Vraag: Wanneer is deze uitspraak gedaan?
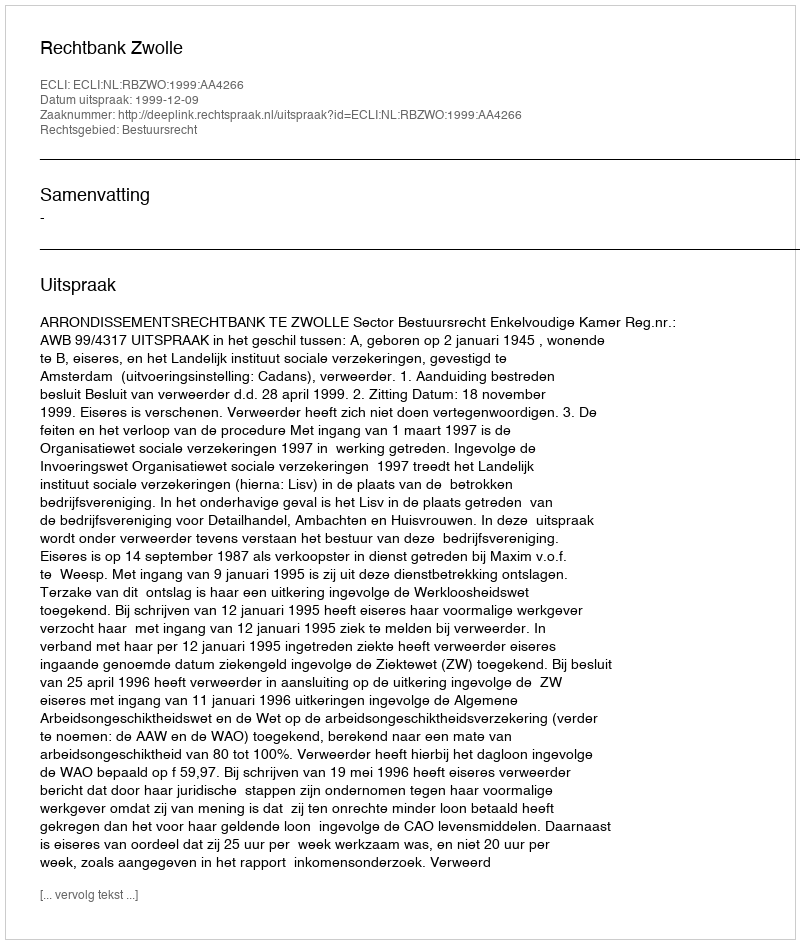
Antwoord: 1999-12-09